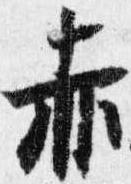
赤